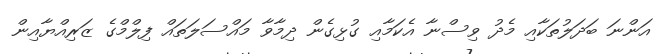
އަންނަ ބަދަލުތަކާއި މެދު ވިސްނާ އެކަމާއި ގުޅިގެން ދިމާވާ މައްސަލަތައް ފިލްމްގެ ޒަރިއްޔާއިން